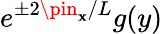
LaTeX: e^{\pm2\pin_{\mathbf{x}}/L}g(y)